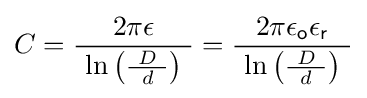
C={\frac {2\pi \epsilon }{\ \ln \left({\frac {\ D\ }{d}}\right)\ }}={\frac {2\pi \epsilon _{\mathsf {o}}\epsilon _{\mathsf {r}}}{\ \ln \left({\frac {\ D\ }{d}}\right)\ }}